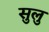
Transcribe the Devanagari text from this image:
सुलु